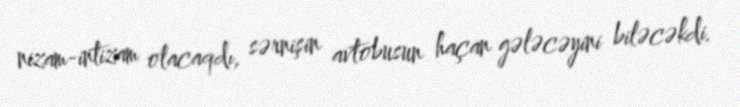
nizam-intizam olacaqdı, sərnişin avtobusun haçan gələcəyini biləcəkdi.